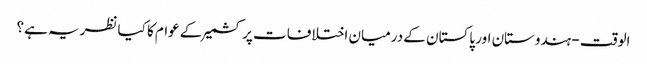
الوقت - ہندوستان اور پاکستان کے درمیان اختلافات پر کشمیر کے عوام کا کیا نظریہ ہے؟